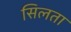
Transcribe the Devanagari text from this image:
सिलता